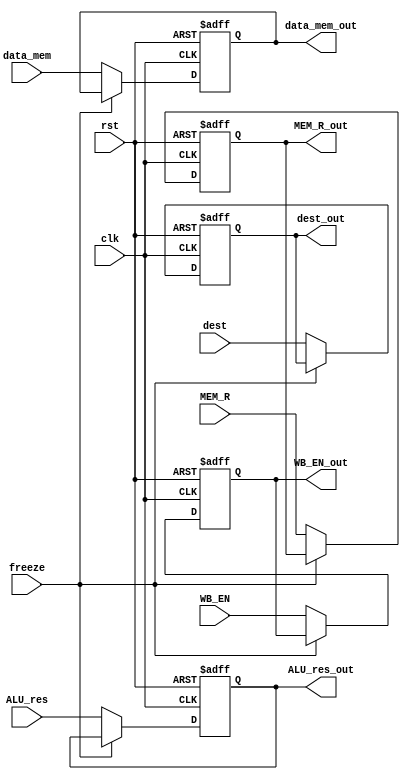

module MEM_REG(clk,rst,freeze,WB_EN,MEM_R,ALU_res,data_mem,dest,
WB_EN_out,MEM_R_out,ALU_res_out,data_mem_out,dest_out);

input clk,rst,MEM_R,WB_EN,freeze;
input [3:0]dest;
input [31:0]ALU_res,data_mem;

output reg MEM_R_out,WB_EN_out;
output reg [3:0]dest_out;
output reg [31:0]ALU_res_out,data_mem_out;

always@(posedge clk,posedge rst) begin
    if(rst)
        {WB_EN_out,MEM_R_out,ALU_res_out,data_mem_out,dest_out}<=0;
    else if(~freeze) begin
        MEM_R_out<=MEM_R;
        WB_EN_out<=WB_EN;
        ALU_res_out<=ALU_res;
        data_mem_out<=data_mem;
        dest_out<=dest;
    end
end
endmodule